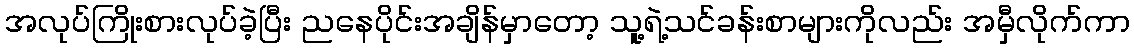
အလုပ်ကြိုးစားလုပ်ခဲ့ပြီး ညနေပိုင်းအချိန်မှာတော့ သူ့ရဲ့သင်ခန်းစာများကိုလည်း အမှီလိုက်ကာ